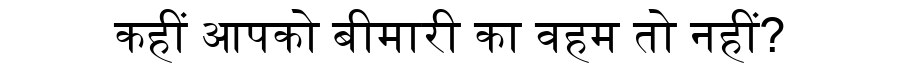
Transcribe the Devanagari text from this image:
कहीं आपको बीमारी का वहम तो नहीं?